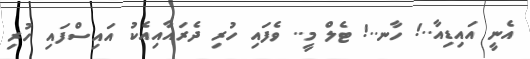
އެނީ އައިޑިއާ..! ހާނ..! ޓެލް މީ.. ވެފައި ހުރި ދެރައާއިއެކު އައިސްފައި ހުރި